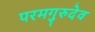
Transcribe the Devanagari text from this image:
परमगुरुदेव